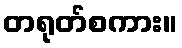
တရုတ်စကား။